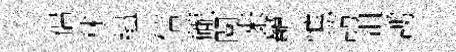
侶秣緼信礲閱来龕憔訪沮謭